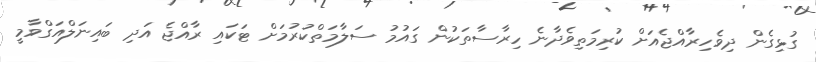
ގުޅިގެން ދިވެހިރާއްޖެއަށް ކުރިމަތިވެދާނެ ހިރާސާތަކުން ގައުމު ސަލާމަތްކުރުމަށް ޓަކައި ރާއްޖެ އަދި ބައިނަލްއަގްވާމީ